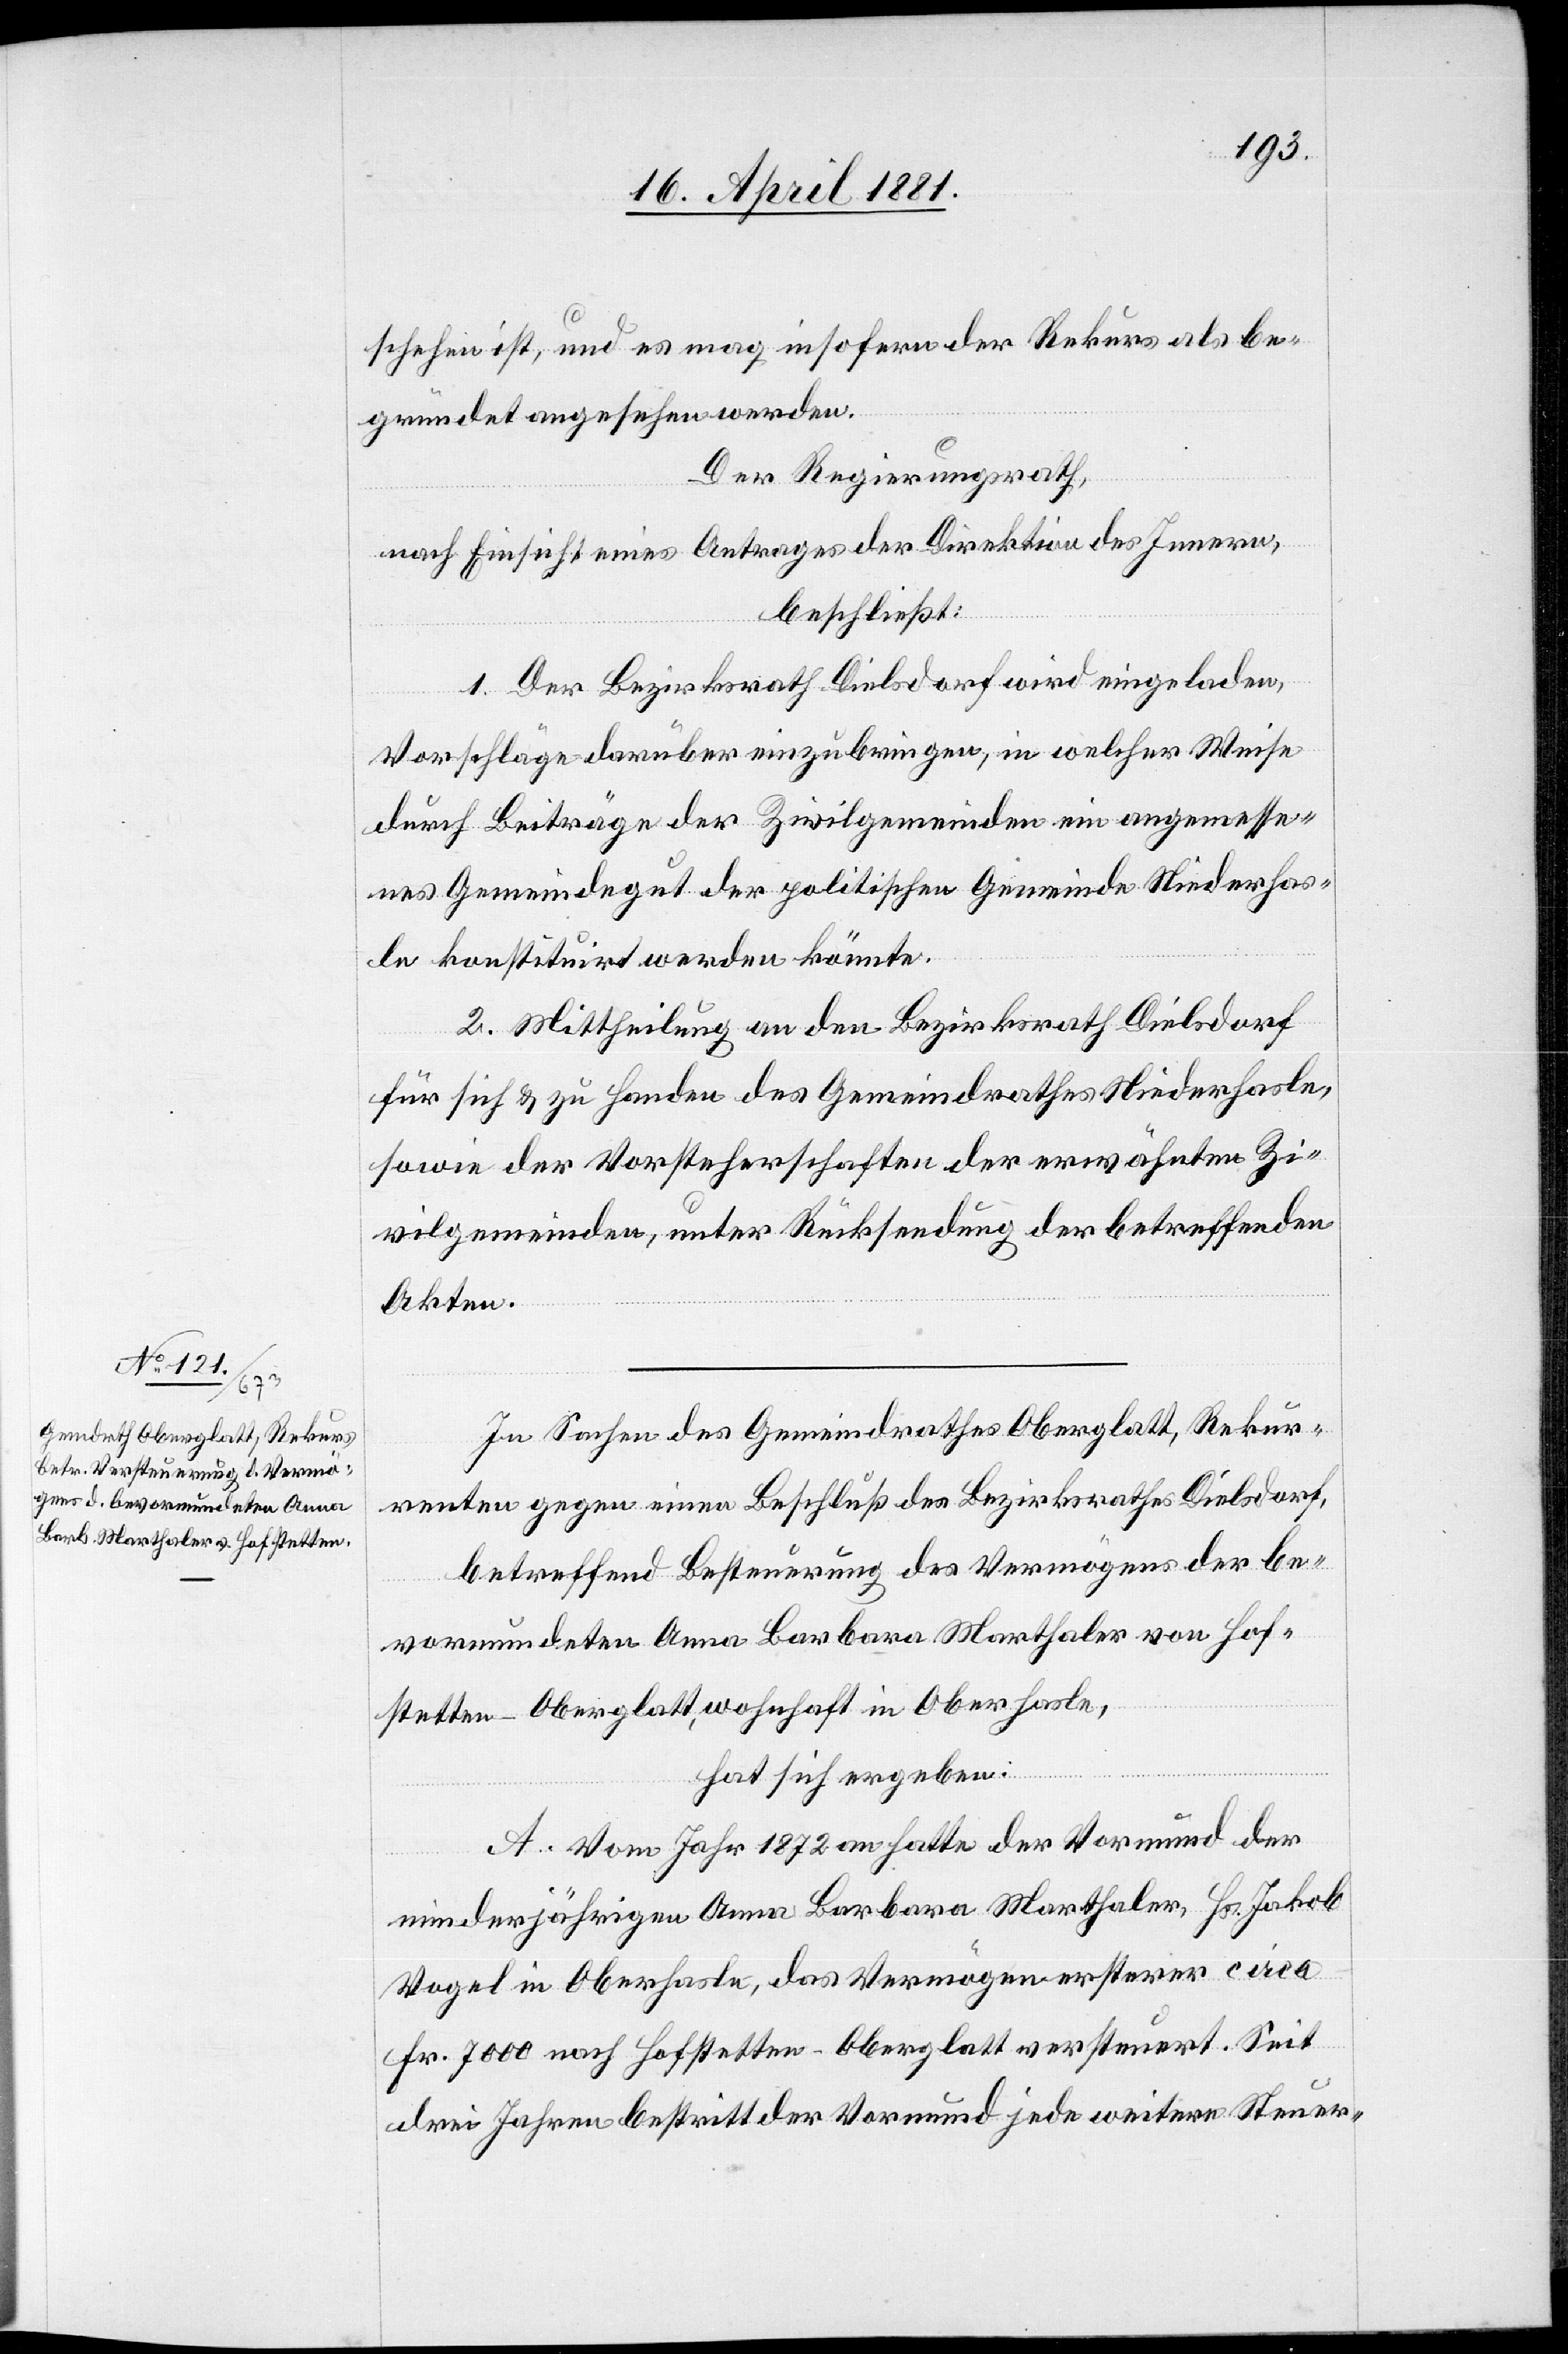
schehen ist, und es mag insofern der Rekurs als be¬
gründet angesehen werden.
Der Regierungsrath,
nach Einsicht eines Antrages der Direktion des Innern,
beschließt:
1. Der Bezirksrath Dielsdorf wird eingeladen,
Vorschläge darüber einzubringen, in welcher Weise
durch Beiträge der Zivilgemeinden ein angemesse¬
nes Gemeindegut der politischen Gemeinde Niederhas¬
le konstituirt werden könnte.
2. Mittheilung an den Bezirksrath Diesldorf
für sich & zu Handen des Gemeindrathes Niederhasle,
sowie der Vorsteherschaften der erwähnten Zi¬
vilgemeinden, unter Rücksendung der betreffenden
Akten.
In Sachen des Gemeindrathes Oberglatt, Rekur¬
renten gegen einen Beschluß des Bezirksrathes Dielsdorf,
betreffend Besteuerung des Vermögens der be¬
vormundeten Anna Barbara Marthaler von Hof¬
stetten - Oberglatt, wohnhaft in Oberhasle,
hat sich ergeben:
A. Vom Jahr 1872 an hatte der Vormund der
minderjährigen Anna Barbara Marthaler, Hs. Jakob
Vogel in Oberhasle, das Vermögen ersterer circa
Fr. 7000 nach Hofstetten Oberglatt versteuert. Seit
drei Jahren bestritt der Vormund jede weitere Steuer-